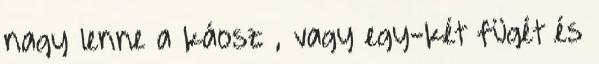
nagy lenne a káosz , vagy egy-két fügét és